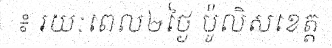
៖ រយៈពេល២ថ្ងៃ ប៉ូលិសខេត្ត